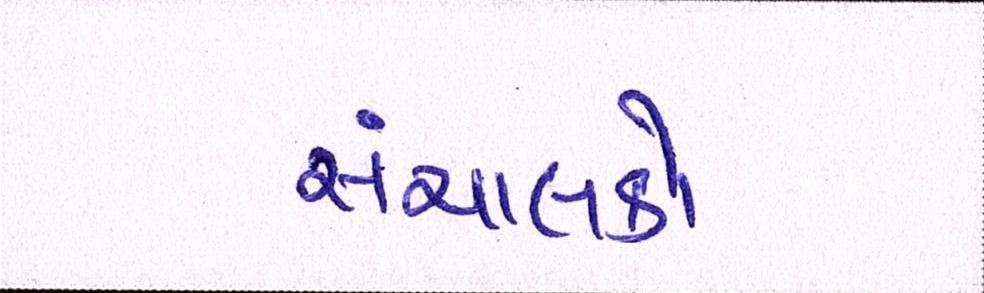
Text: સંચાલકો